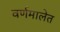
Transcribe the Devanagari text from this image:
वर्णमालेत